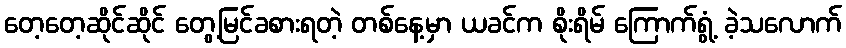
တေ့တေ့ဆိုင်ဆိုင် တွေ့မြင်ခစားရတဲ့ တစ်နေ့မှာ ယခင်က စိုးရိမ် ကြောက်ရွံ့ ခဲ့သလောက်